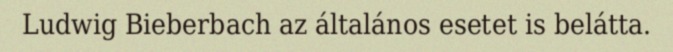
Ludwig Bieberbach az általános esetet is belátta.